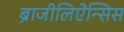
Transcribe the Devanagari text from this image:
ब्राजीलिऐन्सिस